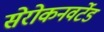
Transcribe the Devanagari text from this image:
सेरोकनवर्टेड